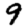
Digit: 9